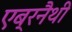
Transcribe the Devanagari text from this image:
एब्रनैथी